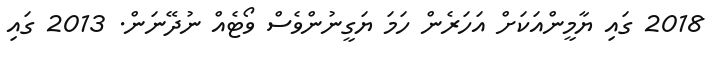
2018 ގައި ޔާމީންއަކަށް އަހަރެން ހަމަ ޔަގީނުންވެސް ވޯޓެއް ނުދޭނަން. 2013 ގައި